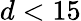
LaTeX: d<15